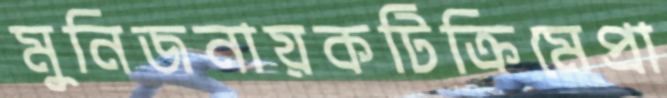
মুনিজনায়কটিক্রিমেপ্রা